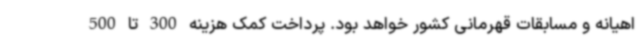
اهیانه و مسابقات قهرمانی کشور خواهد بود. پرداخت کمک هزینه 300 تا 500